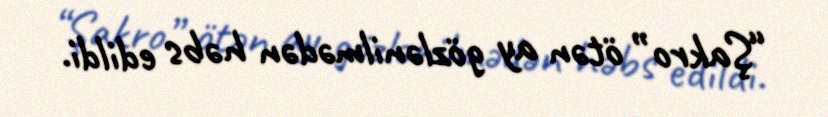
“Şakro” ötən ay gözlənilmədən həbs edildi.